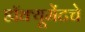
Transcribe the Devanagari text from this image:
डॉक्यूमेंटचे